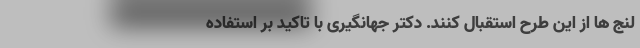
لنج ها از این طرح استقبال کنند. دکتر جهانگیری با تاکید بر استفاده